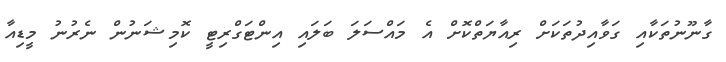
ގާނޫނުތަކާއި ގަވާއިދުތަކަށް ރިއާޔަތްކޮށް އެ މައްސަލަ ބަލައި އިންޓަގްރިޓީ ކޮމިޝަނުން ނެރުނު މީޑިއާ